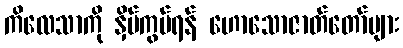
ကိလေသာကို နှိပ်ကွပ်ရန် ဟောသောဇာတ်တော်များ